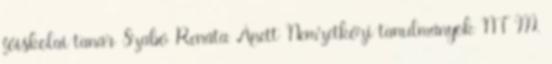
főiskolai tanár Szabó Renáta Anett Nemzetközi tanulmányok NT III.